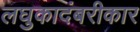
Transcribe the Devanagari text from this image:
लघुकादंबरीकार